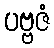
ပဗ္ဗဇံ